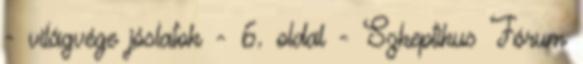
- világvége jóslatok - 6. oldal - Szkeptikus Fórum